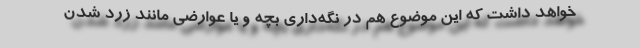
خواهد داشت که این موضوع هم در نگه‌داری بچه و یا عوارضی مانند زرد شدن